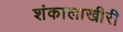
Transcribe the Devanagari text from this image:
शंकालाखीरी